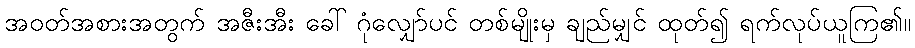
အဝတ်အစားအတွက် အဇီးအီး ခေါ် ဂုံလျှော်ပင် တစ်မျိုးမှ ချည်မျှင် ထုတ်၍ ရက်လုပ်ယူကြ၏။